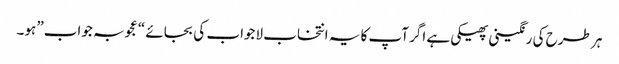
ہر طرح کی رنگینی پھیکی ہے اگر آپ کا یہ انتخاب لاجواب کی بجائے “عجوبہ جواب” ہو۔